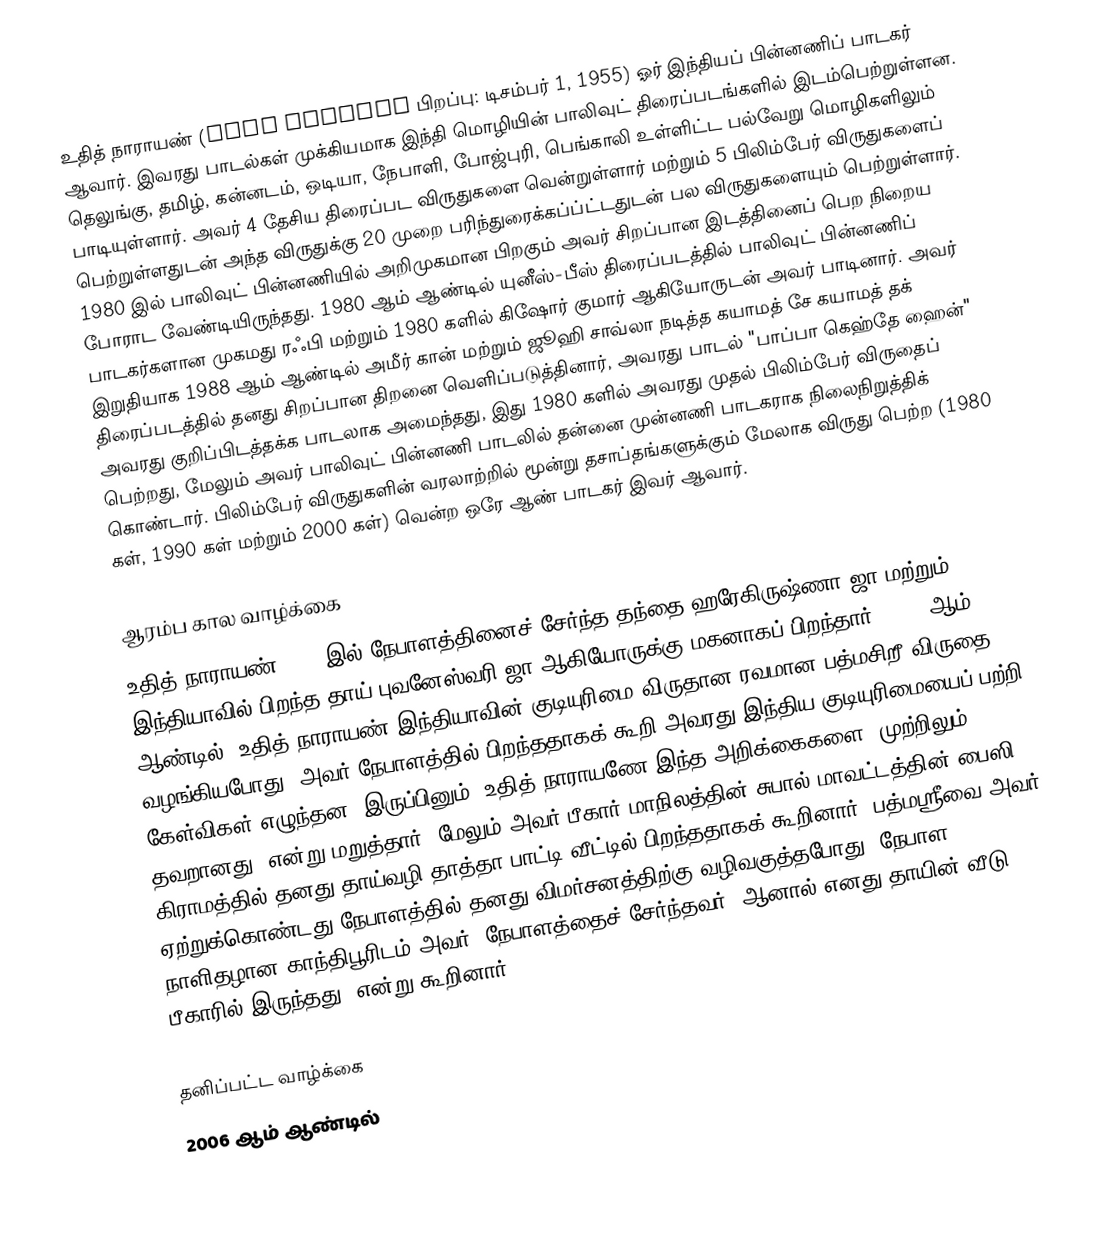
உதித் நாராயண் (Udit Narayan பிறப்பு: டிசம்பர் 1, 1955)  ஓர் இந்தியப் பின்னணிப் பாடகர் ஆவார். இவரது பாடல்கள் முக்கியமாக இந்தி மொழியின் பாலிவுட் திரைப்படங்களில் இடம்பெற்றுள்ளன. தெலுங்கு, தமிழ், கன்னடம், ஒடியா, நேபாளி, போஜ்புரி, பெங்காலி உள்ளிட்ட பல்வேறு மொழிகளிலும் பாடியுள்ளார். அவர் 4 தேசிய திரைப்பட விருதுகளை வென்றுள்ளார்  மற்றும் 5 பிலிம்பேர் விருதுகளைப் பெற்றுள்ளதுடன் அந்த விருதுக்கு 20 முறை பரிந்துரைக்கப்ப்ட்டதுடன் பல விருதுகளையும் பெற்றுள்ளார். 1980 இல் பாலிவுட் பின்னணியில் அறிமுகமான பிறகும் அவர் சிறப்பான இடத்தினைப் பெற நிறைய போராட வேண்டியிருந்தது. 1980 ஆம் ஆண்டில் யுனீஸ்-பீஸ் திரைப்படத்தில் பாலிவுட் பின்னணிப் பாடகர்களான  முகமது ரஃபி மற்றும் 1980 களில் கிஷோர் குமார் ஆகியோருடன் அவர் பாடினார். அவர் இறுதியாக 1988 ஆம் ஆண்டில் அமீர் கான் மற்றும் ஜூஹி சாவ்லா நடித்த கயாமத் சே கயாமத் தக் திரைப்படத்தில் தனது சிறப்பான திறனை வெளிப்படுத்தினார், அவரது பாடல் "பாப்பா கெஹ்தே ஹைன்" அவரது குறிப்பிடத்தக்க பாடலாக அமைந்தது, இது 1980 களில் அவரது முதல் பிலிம்பேர் விருதைப் பெற்றது, மேலும் அவர் பாலிவுட் பின்னணி பாடலில் தன்னை முன்னணி பாடகராக நிலைநிறுத்திக் கொண்டார். பிலிம்பேர் விருதுகளின் வரலாற்றில் மூன்று தசாப்தங்களுக்கும் மேலாக  விருது பெற்ற (1980 கள், 1990 கள் மற்றும் 2000 கள்) வென்ற ஒரே ஆண் பாடகர் இவர் ஆவார்.

ஆரம்ப கால வாழ்க்கை
உதித் நாராயண் 1955 இல் நேபாளத்தினைச் சேர்ந்த தந்தை ஹரேகிருஷ்ணா ஜா மற்றும் இந்தியாவில் பிறந்த  தாய் புவனேஸ்வரி ஜா ஆகியோருக்கு மகனாகப் பிறந்தார். 2009 ஆம் ஆண்டில், உதித் நாராயண் இந்தியாவின் குடியுரிமை விருதான ரவமான பத்மசிறீ விருதை வழங்கியபோது, அவர் நேபாளத்தில் பிறந்ததாகக் கூறி அவரது இந்திய குடியுரிமையைப் பற்றி கேள்விகள் எழுந்தன. இருப்பினும், உதித் நாராயணே இந்த அறிக்கைகளை "முற்றிலும் தவறானது" என்று மறுத்தார். மேலும் அவர் பீகார் மாநிலத்தின் சுபால் மாவட்டத்தின் பைஸி கிராமத்தில் தனது தாய்வழி தாத்தா பாட்டி வீட்டில் பிறந்ததாகக் கூறினார். பத்மஸ்ரீவை அவர் ஏற்றுக்கொண்டது நேபாளத்தில் தனது விமர்சனத்திற்கு வழிவகுத்தபோது, நேபாள நாளிதழான காந்திபூரிடம் அவர் "நேபாளத்தைச் சேர்ந்தவர், ஆனால் எனது தாயின் வீடு பீகாரில் இருந்தது" என்று கூறினார்.

தனிப்பட்ட வாழ்க்கை
2006 ஆம் ஆண்டில்